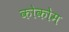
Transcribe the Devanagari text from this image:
कोकोम